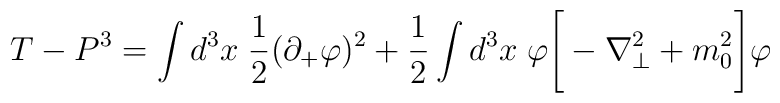
T-P^3=\int d^3x\;{1\over 2}(\partial_+\varphi)^2+{1\over 2}\int d^3x\;\varphi\Bigg[-\nabla_\perp^2+m_0^2\Bigg]\varphi